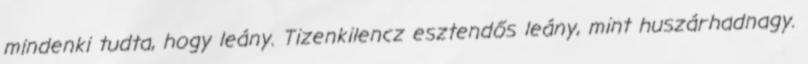
mindenki tudta, hogy leány. Tizenkilencz esztendős leány, mint huszárhadnagy.